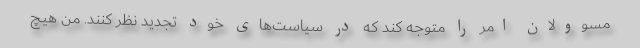
مسوولان امر را متوجه کند که در سیاست‌های خود تجدید نظر کنند. من هیچ